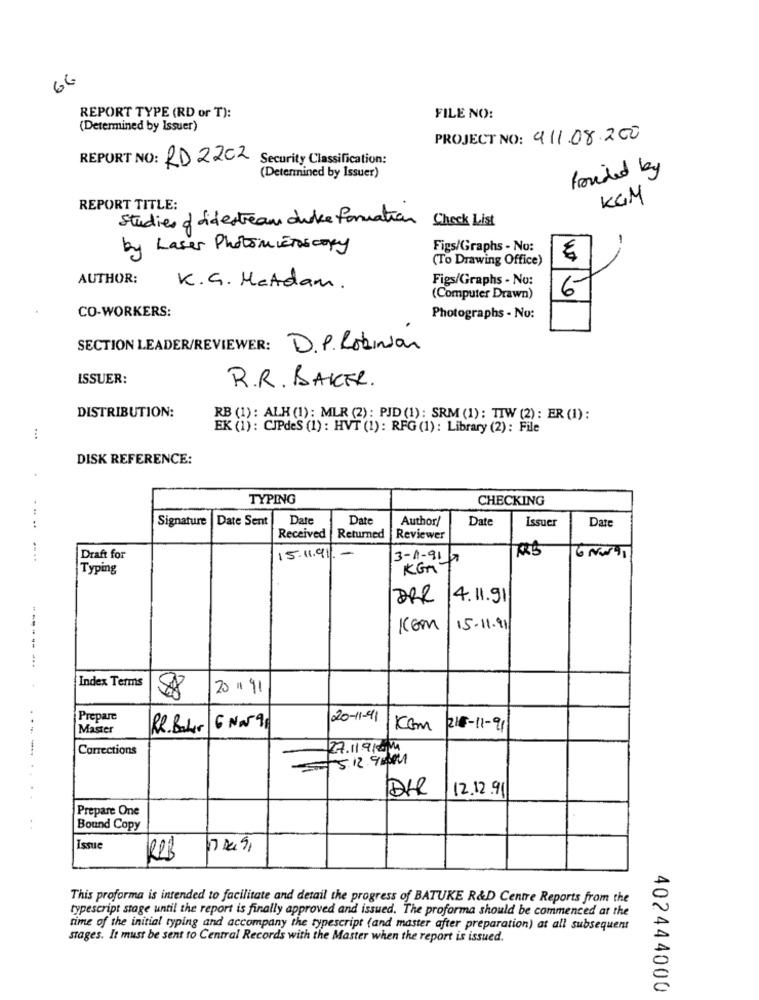
66
REPORT TYPE (RD or T):
FILE NO:
(Determined by Issuer)
PROJECT NO: 911.08.200
REPORT NO: RD 22C2 Security Classification:
Provided by
(Determined by Issuer)
KGM
REPORT TITLE:
Studies of sidestream duke formation
Check List
by Laser Photomicroscopy
Figs/Graphs - No:
(To Drawing Office)
WT
AUTHOR:
Figs/Graphs - No:
K. G. HeAdam .
6
(Computer Drawn)
CO-WORKERS:
Photographs - No:
SECTION LEADER/REVIEWER: D.P. Robinson
ISSUER:
R.R. BAKER.
DISTRIBUTION:
RB (1): ALH(1): MLR (2): PJD(1): SRM (1): TIW (2): ER (1):
EK (1): CIPdes (1) : HVT (1): RFG (1) : Library (2) : File
...
DISK REFERENCE:
TYPING
CHECKING
...
Signature
Date Sent
Date
Date
Author/
Date
Issuer
Date
:
Received
Returned |Reviewer
....
Draft for
15.11.91 .-
3-1-917
Typing
KGM
DRR
4. 11.91
Kom
15.11.91
...
Index Terms
20/ 91
88
Prepare
20-11-41
Master
RR. Baker
6 NN 9
Kom
215-11-91
Corrections
27.11.910MM
5.12. 90041
DHR
12.12.91
Prepare One
Bound Copy
Issue
R2B
This proforma is intended to facilitate and detail the progress of BATUKE R&D Centre Reports from the
typescript stage until the report is finally approved and issued. The proforma should be commenced at the
rime of the initial typing and accompany the typescript (and master after preparation) at all subsequent
stages. It must be sent to Central Records with the Master when the report is issued.
402444000